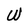
Character: W